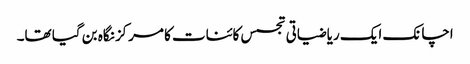
اچانک ایک ریاضیاتی تجسس کائنات کا مرکز نگاہ بن گیا تھا۔